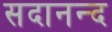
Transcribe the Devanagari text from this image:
सदानन्‍द